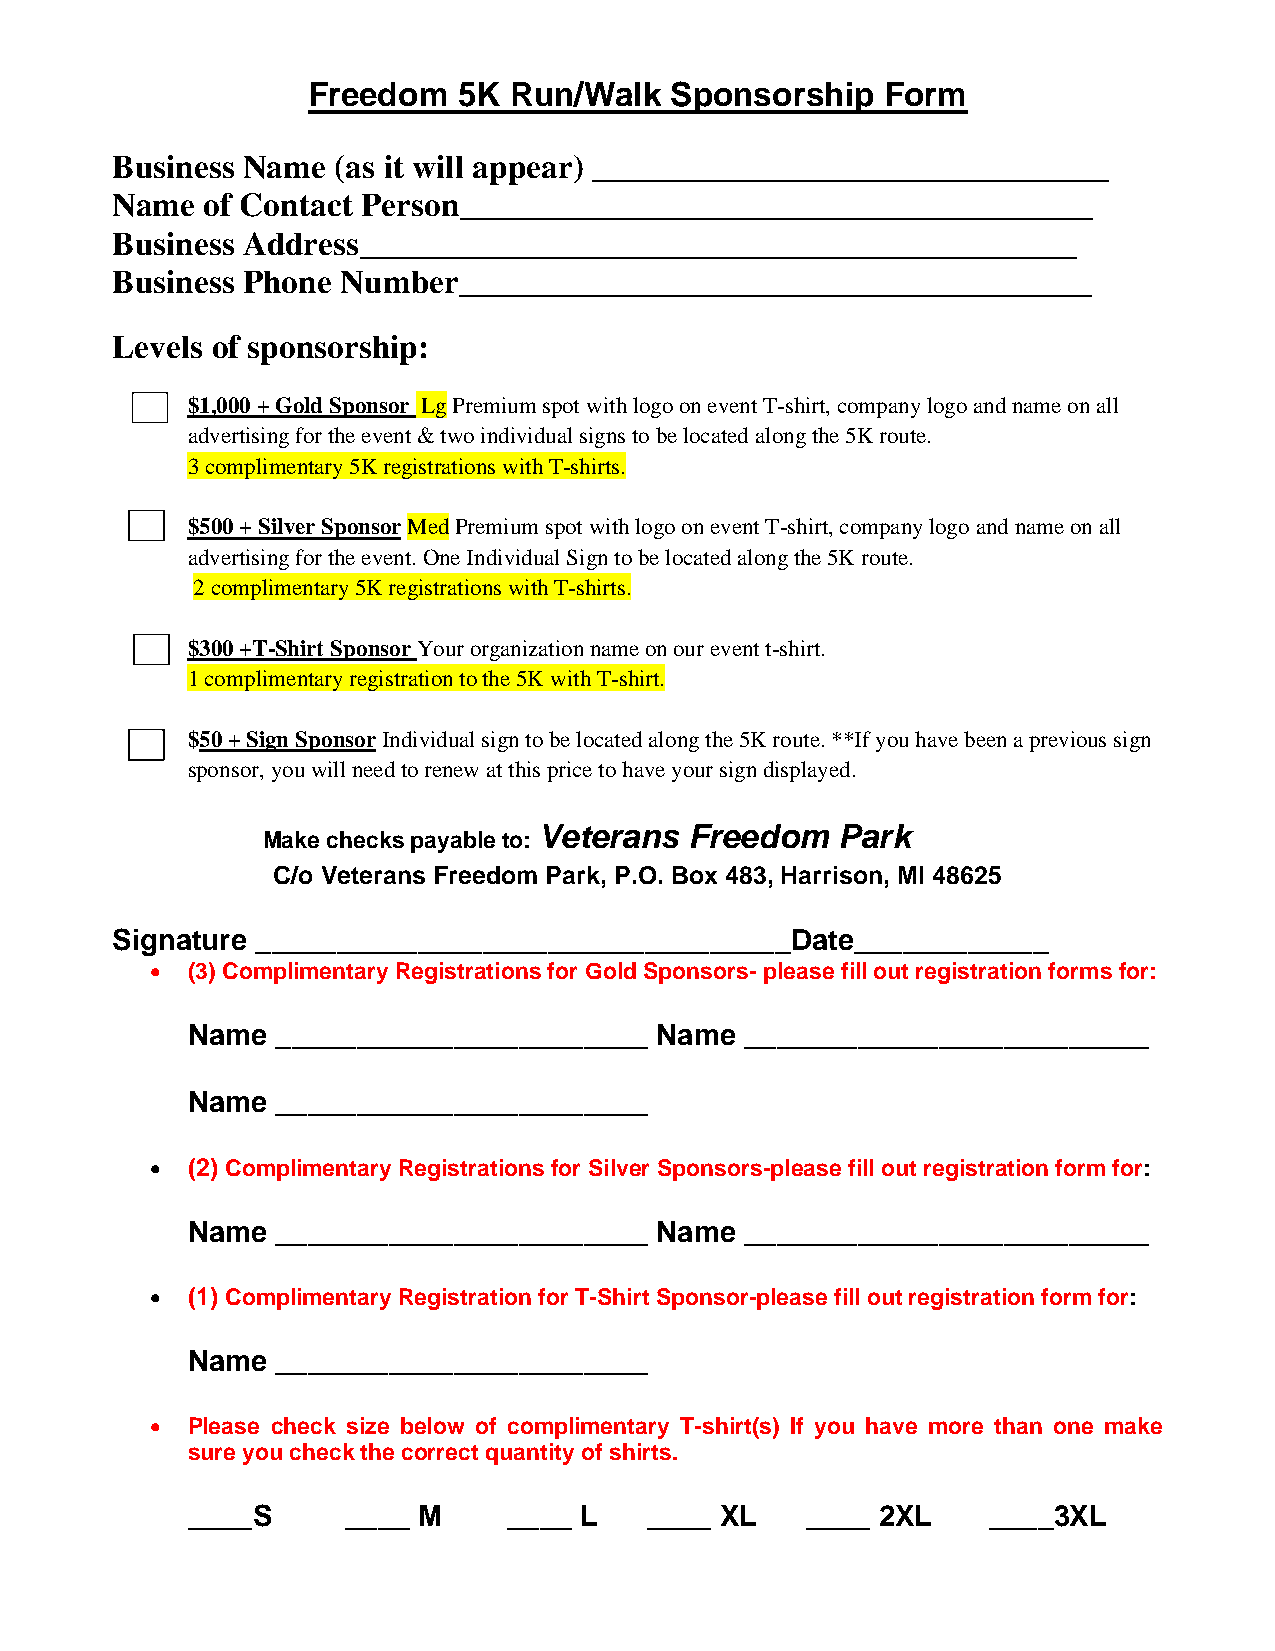
Freedom   5K  Run/Walk  Sponsorship    Form
 Business Name  (as it will appear) _______________________________
 Name   of Contact Person______________________________________
 Business Address___________________________________________
 Business Phone  Number______________________________________
 Levels of sponsorship:
 $1,000 + Gold Sponsor Lg Premium spot with logo on event T-shirt, company logo and name on all
 advertising for the event & two individual signs to be located along the 5K route.
 3 complimentary 5K registrations with T-shirts.
 $500 + Silver Sponsor Med Premium spot with logo on event T-shirt, company logo and name on all
 advertising for the event. One Individual Sign to be located along the 5K route.
 2 complimentary 5K registrations with T-shirts.
 ● $300 +T-Shirt Sponsor Your organization name on our event t-shirt.
 1 complimentary registration to the 5K with T-shirt.
 ● $50 + Sign Sponsor Individual sign to be located along the 5K route. **If you have been a previous sign
 sponsor, you will need to renew at this price to have your sign displayed.
 Veterans  Freedom  Park
 Make checks payable to:
 C/o Veterans Freedom Park, P.O. Box 483, Harrison, MI 48625
 Signature _________________________________Date____________
 • (3) Complimentary Registrations for Gold Sponsors- please fill out registration forms for:
 Name  _______________________  Name  _________________________
 Name  _______________________
 • (2) Complimentary Registrations for Silver Sponsors-please fill out registration form for:
 Name  _______________________  Name  _________________________
 • (1) Complimentary Registration for T-Shirt Sponsor-please fill out registration form for:
 Name  _______________________
 • Please check size below of complimentary T-shirt(s) If you have more than one make
 sure you check the correct quantity of shirts.
 ____S      ____ M     ____ L   ____ XL   ____ 2XL    ____3XL